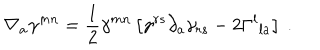
\nabla _ { a } \gamma ^ { m n } = { \frac { 1 } { 2 } } \gamma ^ { m n } \left[ \gamma ^ { r s } \partial _ { a } \gamma _ { r s } - 2 \Gamma ^ { l } { } _ { l a } \right] \ .